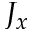
J _ { x }